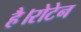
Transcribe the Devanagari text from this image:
है।रोटेन